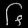
Digit: ၆